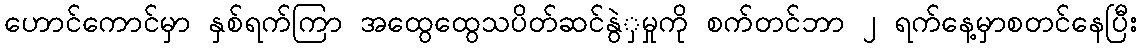
ဟောင်ကောင်မှာ နှစ်ရက်ကြာ အထွေထွေသပိတ်ဆင်နွဲှမှုကို စက်တင်ဘာ ၂ ရက်နေ့မှာစတင်နေပြီး